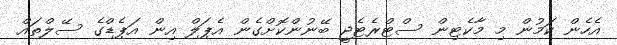
އެހެން ކަމުން މި މާކެޓިން ސްޓްރެޓެޖީ ބޭނުންކޮށްގެން އެޕަލް އިން އަޕެޑްގެ ސޭލްތައް